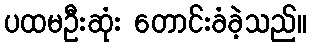
ပထမဦးဆုံး တောင်းခံခဲ့သည်။